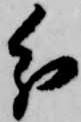
分